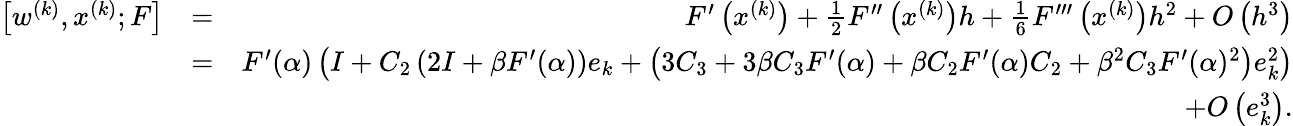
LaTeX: \begin{array}{rlr}{\left[w^{(k)},x^{(k)};F\right]}&{=}&{F^{\prime}\left(x^{(k)}\right)+\frac{1}{2}F^{\prime\prime}\left(x^{(k)}\right)h+\frac{1}{6}F^{\prime\prime\prime}\left(x^{(k)}\right)h^{2}+O\left(h^{3}\right)}\\ &{=}&{F^{\prime}(\alpha)\left(I+C_{2}\left(2I+\beta F^{\prime}(\alpha)\right)e_{k}+\left(3C_{3}+3\beta C_{3}F^{\prime}(\alpha)+\beta C_{2}F^{\prime}(\alpha)C_{2}+\beta^{2}C_{3}F^{\prime}(\alpha)^{2}\right)e_{k}^{2}\right)}\\ &{}&{+O\left(e_{k}^{3}\right).}\end{array}